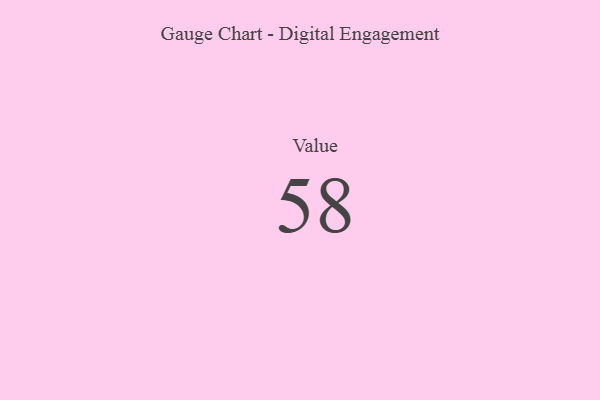
{"axis": {"x": "Metric", "y": "Value"}, "legend": [""], "data": [{"x": "Value", "y": 58, "type": ""}]}